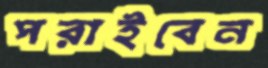
পরাইবেন